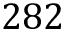
2 8 2